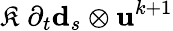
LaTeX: \mathfrak{K}\; \partial_{t}\mathbf{{d}}_{s}\otimes\mathbf{{u}}^{k+1}